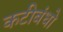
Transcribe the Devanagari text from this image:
कटीबंधो